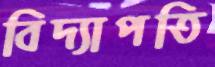
বিদ্যাপতি